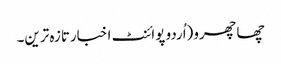
چھاچھرو(اُردو پوائنٹ اخبارتازہ ترین۔